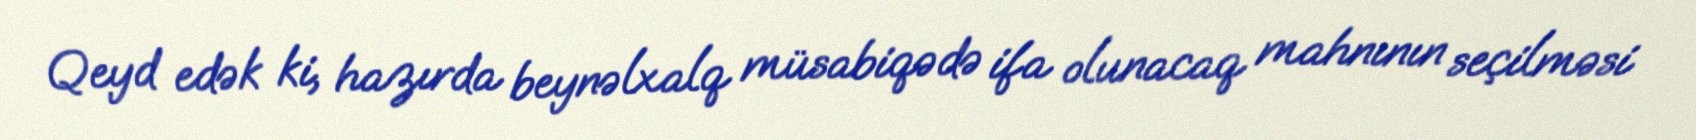
Qeyd edək ki, hazırda beynəlxalq müsabiqədə ifa olunacaq mahnının seçilməsi